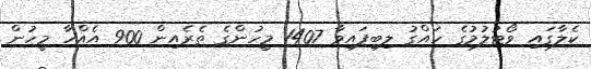
ކެލާގައި ވޯޓުލުމުގެ ހައްގު ލިބިފައިވާ 1407 މީހުންގެ ތެރެއިން 900 އެއްހާ މީހުން